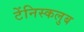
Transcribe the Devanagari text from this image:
टेंनिस्कलुब